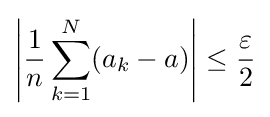
\left|{\frac {1}{n}}\sum _{k=1}^{N}(a_{k}-a)\right|\leq {\frac {\varepsilon }{2}}